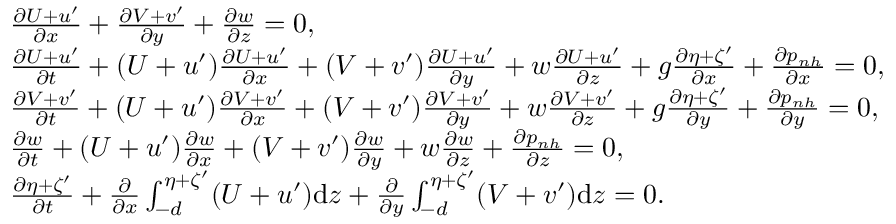
\begin{array} { r l } & { \frac { \partial U + u ^ { \prime } } { \partial x } + \frac { \partial V + v ^ { \prime } } { \partial y } + \frac { \partial w } { \partial z } = 0 , } \\ & { \frac { \partial U + u ^ { \prime } } { \partial t } + ( U + u ^ { \prime } ) \frac { \partial U + u ^ { \prime } } { \partial x } + ( V + v ^ { \prime } ) \frac { \partial U + u ^ { \prime } } { \partial y } + w \frac { \partial U + u ^ { \prime } } { \partial z } + g \frac { \partial \eta + \zeta ^ { \prime } } { \partial x } + \frac { \partial p _ { n h } } { \partial x } = 0 , } \\ & { \frac { \partial V + v ^ { \prime } } { \partial t } + ( U + u ^ { \prime } ) \frac { \partial V + v ^ { \prime } } { \partial x } + ( V + v ^ { \prime } ) \frac { \partial V + v ^ { \prime } } { \partial y } + w \frac { \partial V + v ^ { \prime } } { \partial z } + g \frac { \partial \eta + \zeta ^ { \prime } } { \partial y } + \frac { \partial p _ { n h } } { \partial y } = 0 , } \\ & { \frac { \partial w } { \partial t } + ( U + u ^ { \prime } ) \frac { \partial w } { \partial x } + ( V + v ^ { \prime } ) \frac { \partial w } { \partial y } + w \frac { \partial w } { \partial z } + \frac { \partial p _ { n h } } { \partial z } = 0 , } \\ & { \frac { \partial \eta + \zeta ^ { \prime } } { \partial t } + \frac { \partial } { \partial x } \int _ { - d } ^ { \eta + \zeta ^ { \prime } } ( U + u ^ { \prime } ) \mathrm { d } z + \frac { \partial } { \partial y } \int _ { - d } ^ { \eta + \zeta ^ { \prime } } ( V + v ^ { \prime } ) \mathrm { d } z = 0 . } \end{array}